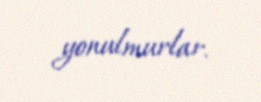
yonulmurlar.